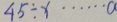
4 5 \div x \cdots a